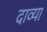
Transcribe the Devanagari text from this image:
दाव्या